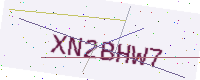
Text: XN2BHW7